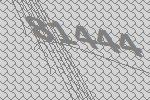
81444